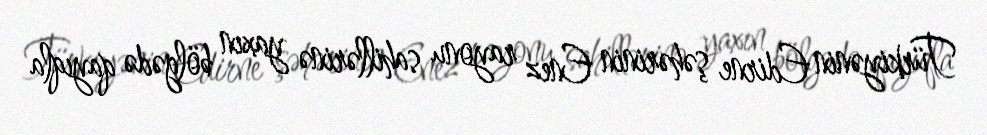
Türkiyənin Edirne şəhərinin Enez rayonu sahillərinə yaxın bölgədə qayıqla